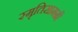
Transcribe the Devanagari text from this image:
स्मृतिसामग्री